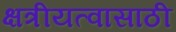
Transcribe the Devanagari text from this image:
क्षत्रीयत्वासाठी